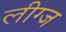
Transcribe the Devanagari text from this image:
लीग्ज